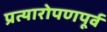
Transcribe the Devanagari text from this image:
प्रत्यारोपणपूर्व